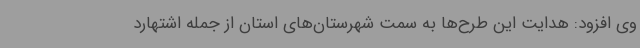
وی افزود: هدایت این طرح‌ها به سمت شهرستان‌های استان از جمله اشتهارد